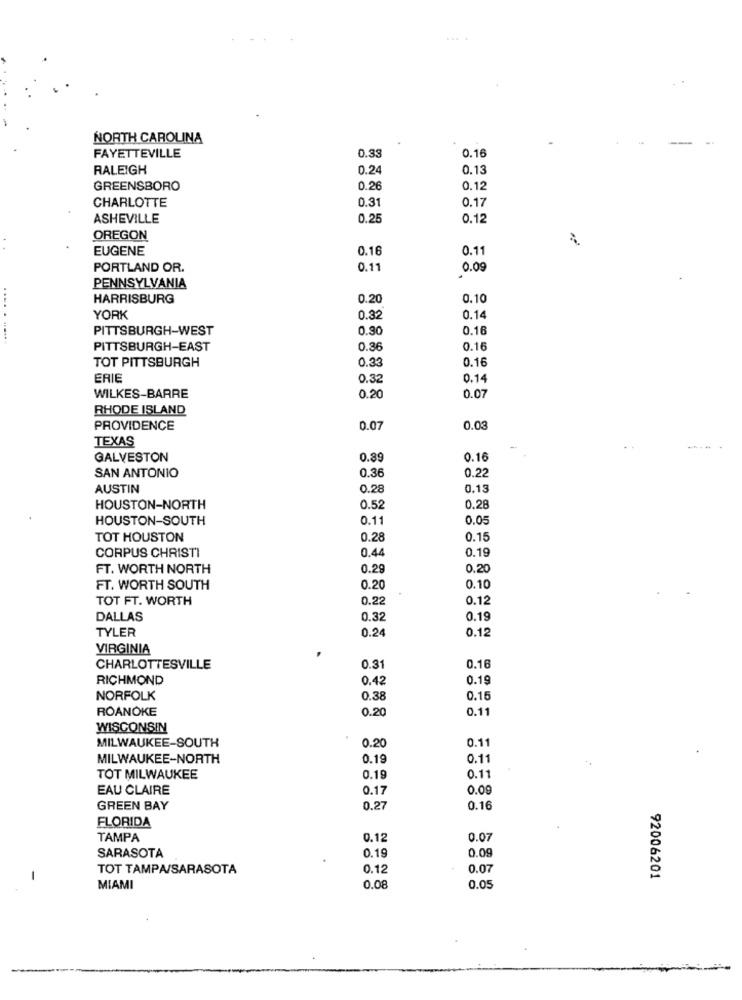
....
NORTH CAROLINA
FAYETTEVILLE
0.3
0.16
RALEIGH
0.24
0.13
GREENSBORO
0.26
0.12
CHARLOTTE
0.31
0.17
ASHEVILLE
0.25
0.12
OREGON
EUGENE
0.16
0.11
PORTLAND OR.
0.11
0.09
PENNSYLVANIA
HARRISBURG
0.20
0.10
YORK
0.32
0.14
PITTSBURGH-WEST
0.30
0.16
.... . ......
PITTSBURGH-EAST
0.36
0.16
0.33
0.16
TOT PITTSBURGH
ERIE
0.32
0.14
WILKES-BARRE
0.20
0.07
RHODE ISLAND
PROVIDENCE
0.07
0.03
TEXAS
GALVESTON
0.89
0.16
0.22
SAN ANTONIO
0.36
AUSTIN
0.28
0.13
HOUSTON-NORTH
0.52
0.28
HOUSTON-SOUTH
0.11
0.05
TOT HOUSTON
0.28
0.15
0.44
0.19
CORPUS CHRISTI
FT. WORTH NORTH
0.29
0.20
FT. WORTH SOUTH
0.20
0.10
TOT FT. WORTH
0.22
0.12
DALLAS
0.32
0.19
TYLER
0.24
0.12
VIRGINIA
0.16
CHARLOTTESVILLE
0.31
RICHMOND
0.42
0.19
NORFOLK
0.38
0.15
ROANOKE
0.20
0.11
WISCONSIN
MILWAUKEE-SOUTH
0.20
0.1
MILWAUKEE-NORTH
0.19
0.1
TOT MILWAUKEE
0.19
0.11
EAU CLAIRE
0.17
0.0
GREEN BAY
0.27
0.16
FLORIDA
TAMPA
0.12
0.07
0.19
0.09
SARASOTA
TOT TAMPA/SARASOTA
0.12
0.07
-
92006201
MIAMI
0.08
0.05